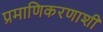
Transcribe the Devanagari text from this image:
प्रमाणिकरणाशी